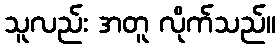
သူလည်း အတူ လိုက်သည်။